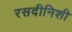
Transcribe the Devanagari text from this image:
रसदीनिशी